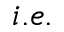
i . e .